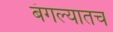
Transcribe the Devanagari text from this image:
बंगल्यातच